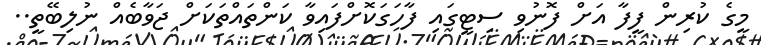
މީގެ ކުރިން ފީފާ އަށް ފޮނުވި ސިޓީގައި ފާހަގަކޮށްފައިވާ ކަންތައްތަކަށް ޖަވާބެއް ނުލިބޭތީ..